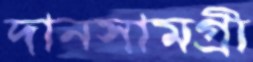
দানসামগ্রী